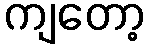
ကျတော့